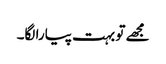
مجھے تو بہت پیارا لگا۔